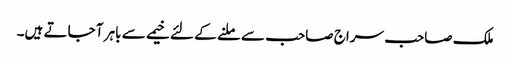
ملک صاحب سراج صاحب سے ملنے کے لئے خیمے سے باہر آ جاتے ہیں۔